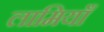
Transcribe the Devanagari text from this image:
लामियाँ